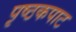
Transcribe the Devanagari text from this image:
पृष्ठकपाट